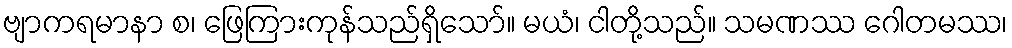
ဗျာကရမာနာ စ၊ ဖြေကြားကုန်သည်ရှိသော်။ မယံ၊ ငါတို့သည်။ သမဏဿ ဂေါတမဿ၊